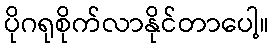
ပိုဂရုစိုက်လာနိုင်တာပေါ့။